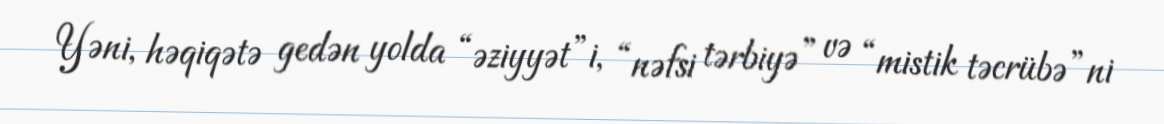
Yəni, həqiqətə gedən yolda “əziyyət”i, “nəfsi tərbiyə” və “mistik təcrübə”ni